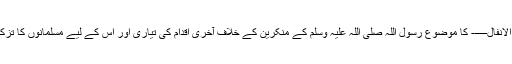
پہلی سورہ—- الانفال—- کا موضوع رسول اللہ صلی اللہ علیہ وسلم کے منکرین کے خلاف آخری اقدام کی تیاری اور اِس کے لیے مسلمانوں کا تزکیہ وتطہیر ہے۔